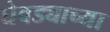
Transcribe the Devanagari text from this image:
घेवड्याच्या